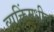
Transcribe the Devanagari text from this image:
व्यक्तिंमधील